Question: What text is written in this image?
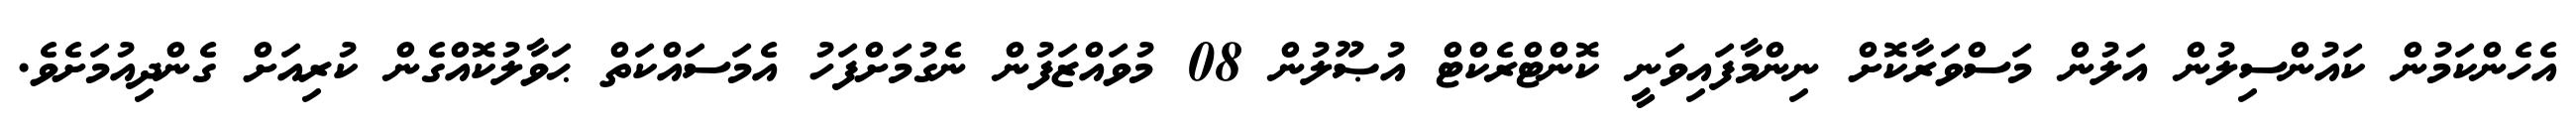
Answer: އެހެންކަމުން ކައުންސިލުން އަލުން މަސްވަރާކޮށް ނިންމާފައިވަނީ ކޮންޓްރެކްޓް އުޞޫލުން 08 މުވައްޒަފުން ނެގުމަށްފަހު އެމަސައްކަތް ޙަވާލުކޮއްގެން ކުރިއަށް ގެންދިއުމަށެވެ.